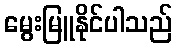
မွေးမြူနိုင်ပါသည်